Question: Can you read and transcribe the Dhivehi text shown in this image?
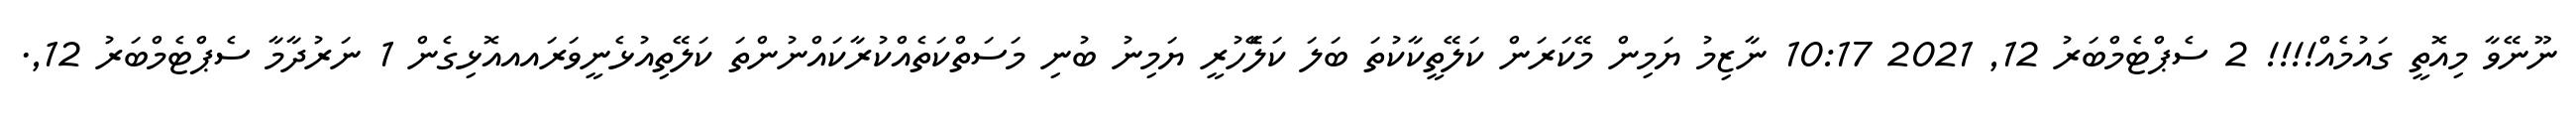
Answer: ނޫނޭވާ މިއޮތީ ގައުމެއް!!!! 2 ސެޕްޓެމްބަރު 12, 2021 10:17 ނާޒިމު ޔަމިން މޭކަރަން ކަލޭތީކާކުތަ ބަލަ ކަލެޭހުރީ ޔަމިނު ބުނި މަސަތްކަތެއްކުރާކައްނުންތަ ކަލޭތިއުޅެނީވަރައއއޮޅިގެން 1 ނަރުދާމާ ސެޕްޓެމްބަރު 12,.